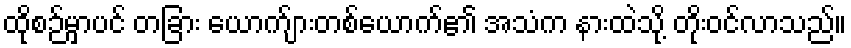
ထိုစဉ်မှာပင် တခြား ယောက်ျားတစ်ယောက်၏ အသံက နားထဲသို့ တိုးဝင်လာသည်။